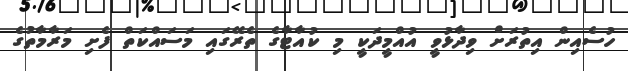
ހުސެއިން އިތުރަށް ވިދާޅުވީ އުއްމީދަކީ މި ކުއާޓާގެ ތެރޭގައި މަސައްކަތް ފެށި މަރާމާތުގެ